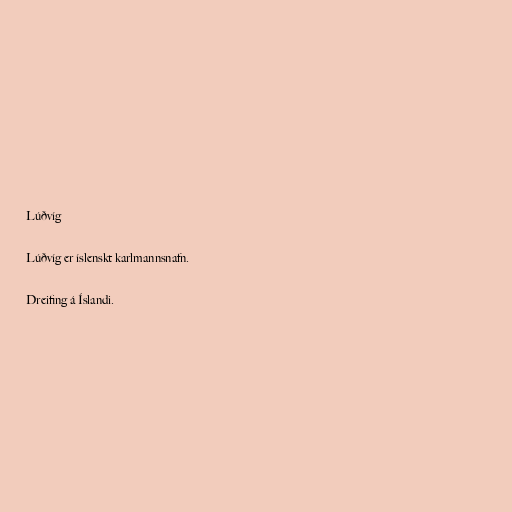
Lúðvíg

Lúðvíg er íslenskt karlmannsnafn.

Dreifing á Íslandi.